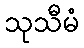
သုသီမံ